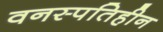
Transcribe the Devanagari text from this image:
वनस्‍पतिहीन